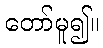
တော်မူ၍။